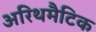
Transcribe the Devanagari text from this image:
अरिथमैटिक